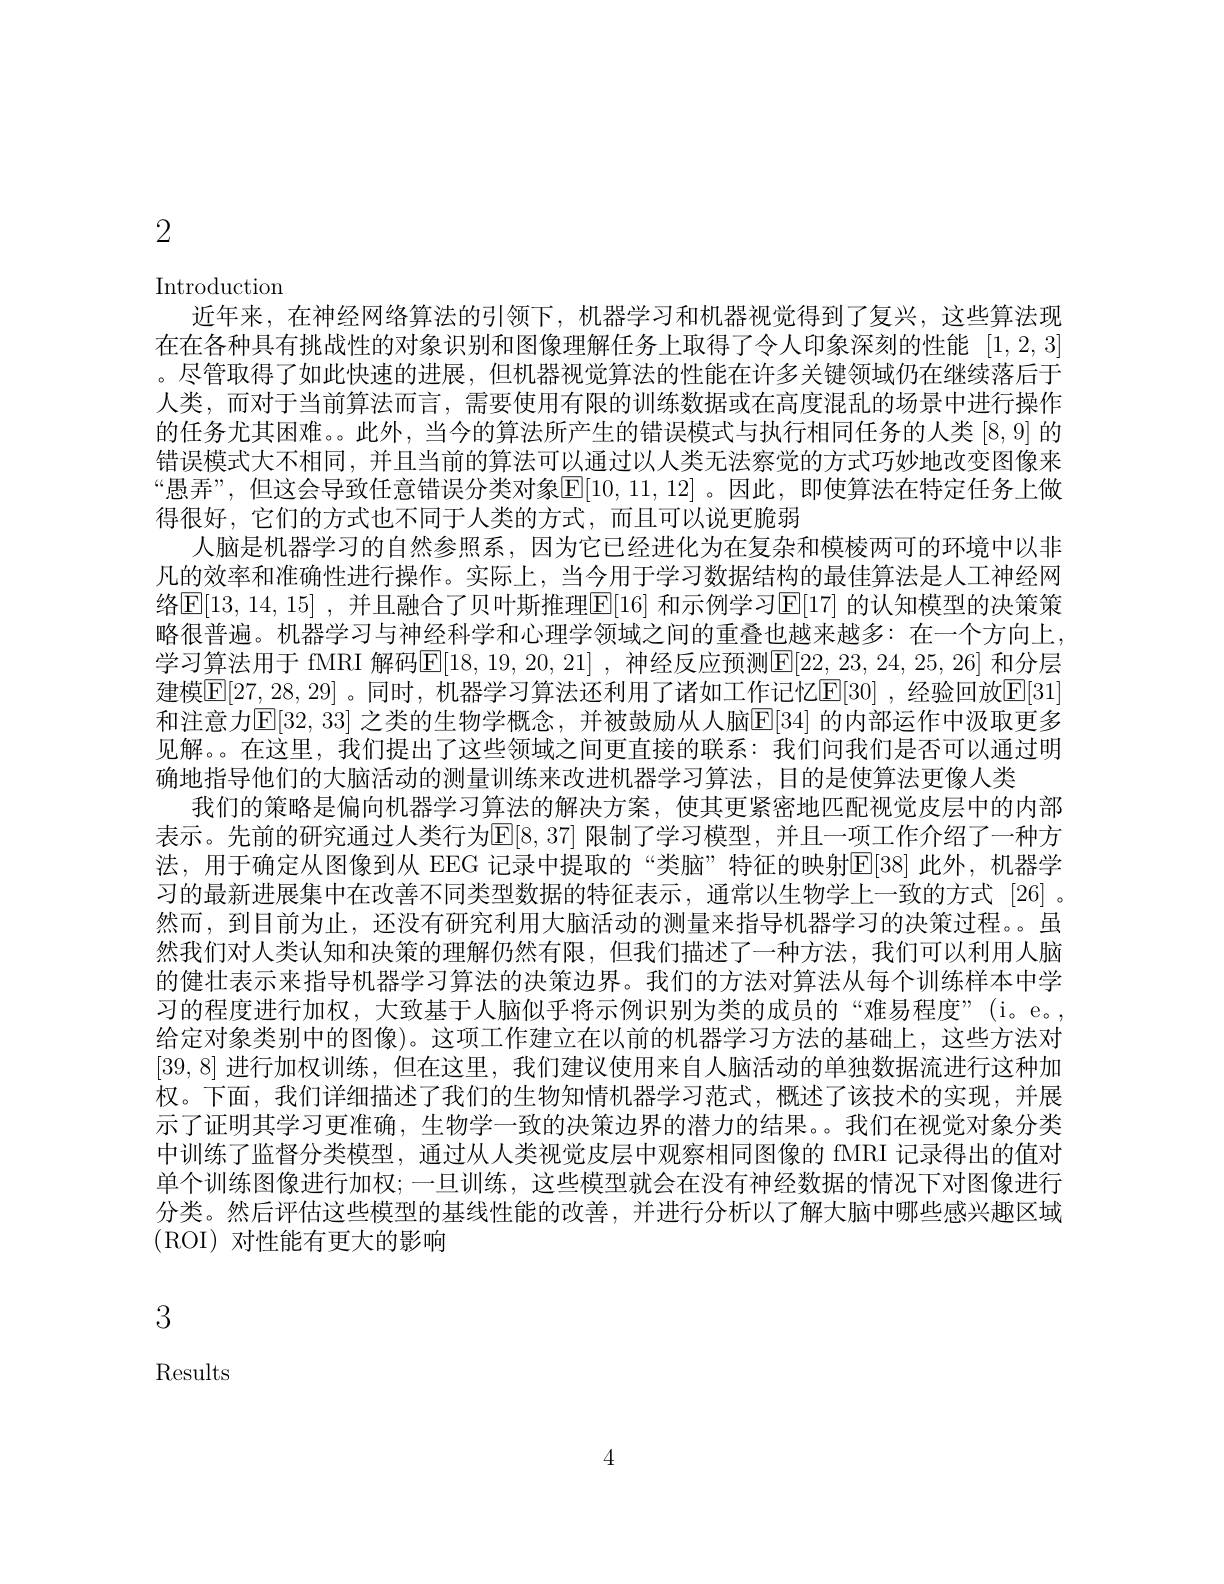
2

Introduction
近年来，在神经网络算法的引领下，机器学习和机器视觉得到了复兴，这些算法现在在各种具有挑战性的对象识别和图像理解任务上取得了令人印象深刻的性能|1,2,3| 。尽管取得了如此快速的进展，但机器视觉算法的性能在许多关键领域仍在继续落后于人类，而对于当前算法而言，需要使用有限的训练数据或在高度混乱的场景中进行操作的任务尤其困难。。此外，当今的算法所产生的错误模式与执行相同任务的人类[8,9]的错误模式大不相同，并且当前的算法可以通过以人类无法察觉的方式巧妙地改变图像来“愚弄”,但这会导致任意错误分类对象$\mathbb{E}[10,11,12]$。因此，即使算法在特定任务上做得很好，它们的方式也不同于人类的方式，而且可以说更脆弱
人脑是机器学习的自然参照系，因为它已经进化为在复杂和模棱两可的环境中以非凡的效率和准确性进行操作。实际上，当今用于学习数据结构的最佳算法是人工神经网络$\operatorname{E}[13,14,15]$ ,并且融合了贝叶斯推理$\operatorname{E}[16]$ 和示例学习$\operatorname{E}[17]$ 的认知模型的决策策略很普遍。机器学习与神经科学和心理学领域之间的重叠也越来越多：在一个方向上， 学习算法用于 fMRI 解码|E|18,19,20,21|, 神经反应预测|F|22,23,24,25,26| 和分层建模$|\mathbb{E}|27,28,29|$。同时，机器学习算法还利用了诸如工作记忆[E]30],经验回放E[31和注意力$|\mathbb{E}|32,33|$ 之类的生物学概念，并被鼓励从人脑[E]34| 的内部运作中汲取更多见解。。在这里，我们提出了这些领域之间更直接的联系：我们问我们是否可以通过明确地指导他们的大脑活动的测量训练来改进机器学习算法，目的是使算法更像人类
我们的策略是偏向机器学习算法的解决方案，使其更紧密地匹配视觉皮层中的内部表示。先前的研究通过人类行为E|8,37|限制了学习模型，并且一项工作介绍了一种方法，用于确定从图像到从 EEG 记录中提取的“类脑”特征的映射E[38]此外，机器学习的最新进展集中在改善不同类型数据的特征表示，通常以生物学上一致的方式 [26] 。然而，到目前为止，还没有研究利用大脑活动的测量来指导机器学习的决策过程。。虽然我们对人类认知和决策的理解仍然有限，但我们描述了一种方法，我们可以利用人脑的健壮表示来指导机器学习算法的决策边界。我们的方法对算法从每个训练样本中学习的程度进行加权，大致基于人脑似乎将示例识别为类的成员的“难易程度”(i。e。, 给定对象类别中的图像)。这项工作建立在以前的机器学习方法的基础上，这些方法对[39,8]进行加权训练，但在这里，我们建议使用来自人脑活动的单独数据流进行这种加权。下面，我们详细描述了我们的生物知情机器学习范式，概述了该技术的实现，并展示了证明其学习更准确，生物学一致的决策边界的潜力的结果。我们在视觉对象分类中训练了监督分类模型，通过从人类视觉皮层中观察相同图像的 fMRI 记录得出的值对单个训练图像进行加权；一旦训练，这些模型就会在没有神经数据的情况下对图像进行分类。然后评估这些模型的基线性能的改善，并进行分析以了解大脑中哪些感兴趣区域(ROI) 对性能有更大的影响

3

Results

4